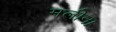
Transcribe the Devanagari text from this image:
मलीना